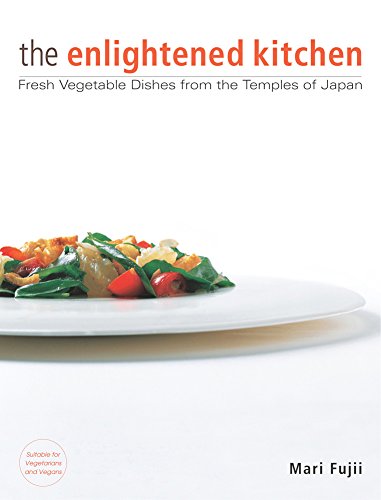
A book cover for The Enlightened Kitchen: Fresh Vegetable Dishes from the Temples of Japan; Mari Fujii; Cookbooks, Food & Wine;